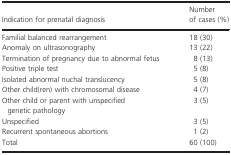
| Indication for prenatal diagnosis | Number of cases (%) |
 | --- | --- |
 | Familial balanced rearrangement | 18 (30) |
 | Anomaly on ultrasonography | 13 (22) |
 | Termination of pregnancy due to abnormal fetus | 8 (13) |
 | Positive triple test | 5 (8) |
 | Isolated abnormal nuchal translucency | 5 (8) |
 | Other child(ren) with chromosomal disease | 4 (7) |
 | Other child or parent with unspecified genetic pathology | 3 (5) |
 | Unspecified | 3 (5) |
 | Recurrent spontaneous abortions | 1 (2) |
 | Total | 60 (100) |